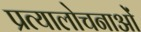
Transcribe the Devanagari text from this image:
प्रत्यालोचनाओं